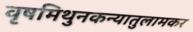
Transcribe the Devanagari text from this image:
वृषमिथुनकन्यातुलामकर